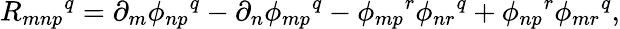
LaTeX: R_{mnp}{}^{q}=\partial_{m}\phi_{np}{}^{q}-\partial_{n}\phi_{mp}{}^{q}-\phi_{mp}{}^{r}\phi_{nr}{}^{q}+\phi_{np}{}^{r}\phi_{mr}{}^{q},